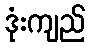
ဒုံးကျည်